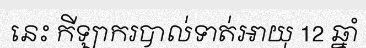
នេះ កីឡាករបាល់ទាត់អាយុ 12 ឆ្នាំ